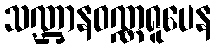
သဏ္ဌာနဝဏ္ဏရူပေန